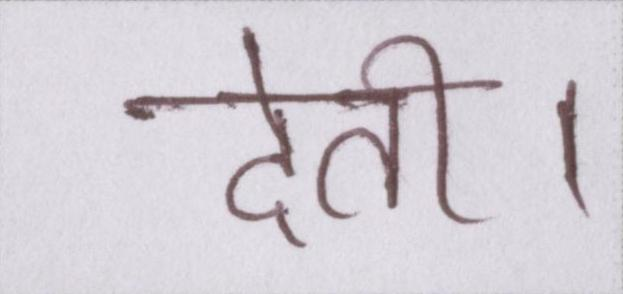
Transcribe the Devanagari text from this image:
देती।